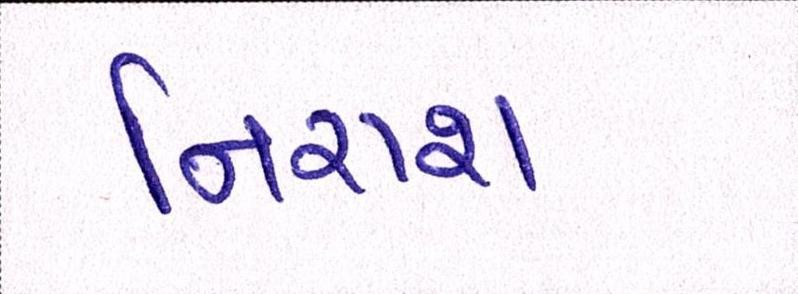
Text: નિરાશ